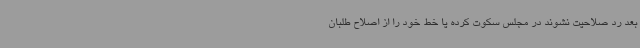
بعد رد صلاحیت نشوند در مجلس سکوت کرده یا خط خود را از اصلاح طلبان